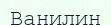
Ванилин